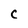
Character: C